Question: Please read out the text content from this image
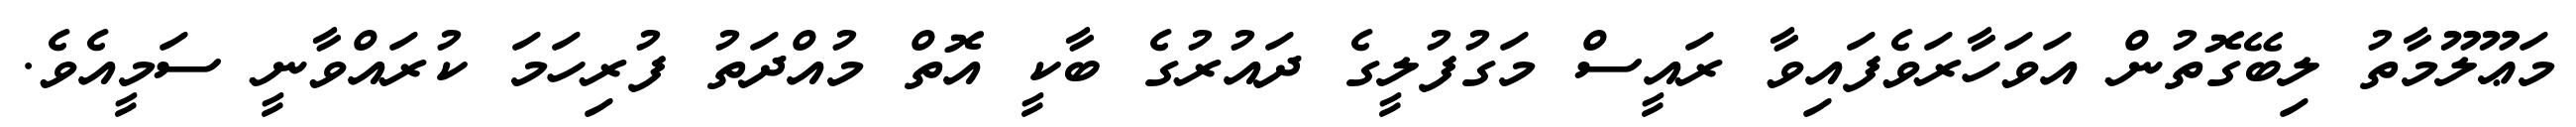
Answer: މަޢޫލޫމާތު ލިބޭގޮތުން އަވަހާރަވެފައިވާ ރައީސް މަގުފުލީގެ ދައުރުގެ ބާކީ އޮތް މުއްދަތު ފުރިހަމަ ކުރައްވާނީ ސަމީއެވެ.